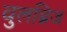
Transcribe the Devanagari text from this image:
वुलब्रिज